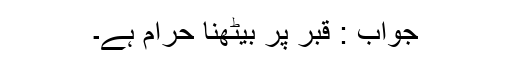
جواب : قبر پر بیٹھنا حرام ہے۔